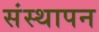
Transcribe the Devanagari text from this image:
संस्‍थापन